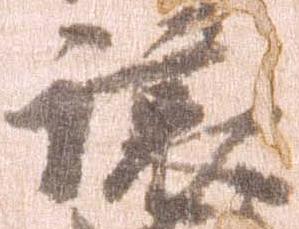
譲